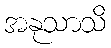
အနုသာသိ